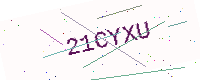
Text: 21CYXU